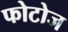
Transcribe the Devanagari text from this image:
फोटोज